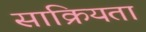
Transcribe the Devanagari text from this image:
साक्रियता